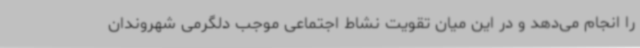
را انجام می‌دهد و در این میان تقویت نشاط اجتماعی موجب دلگرمی شهروندان